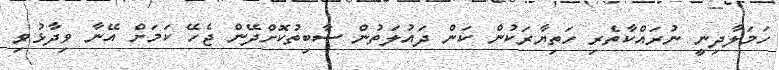
ހަމަލާދިނީ ނުރައްކާތެރި ހަތިޔާރަކުން ކަން ދައުލަތުން ސާބިތުކޮށްދޭން ޖެހޭ ކަމަށް އޭނާ ވިދާޅުވި